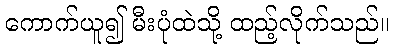
ကောက်ယူ၍ မီးပုံထဲသို့ ထည့်လိုက်သည်။